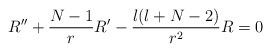
\begin{align*}R''+\frac{N-1}{r}R'-\frac{l(l+N-2)}{r^2}R=0\end{align*}